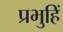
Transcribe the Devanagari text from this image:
प्रभुहिं